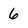
Character: 6